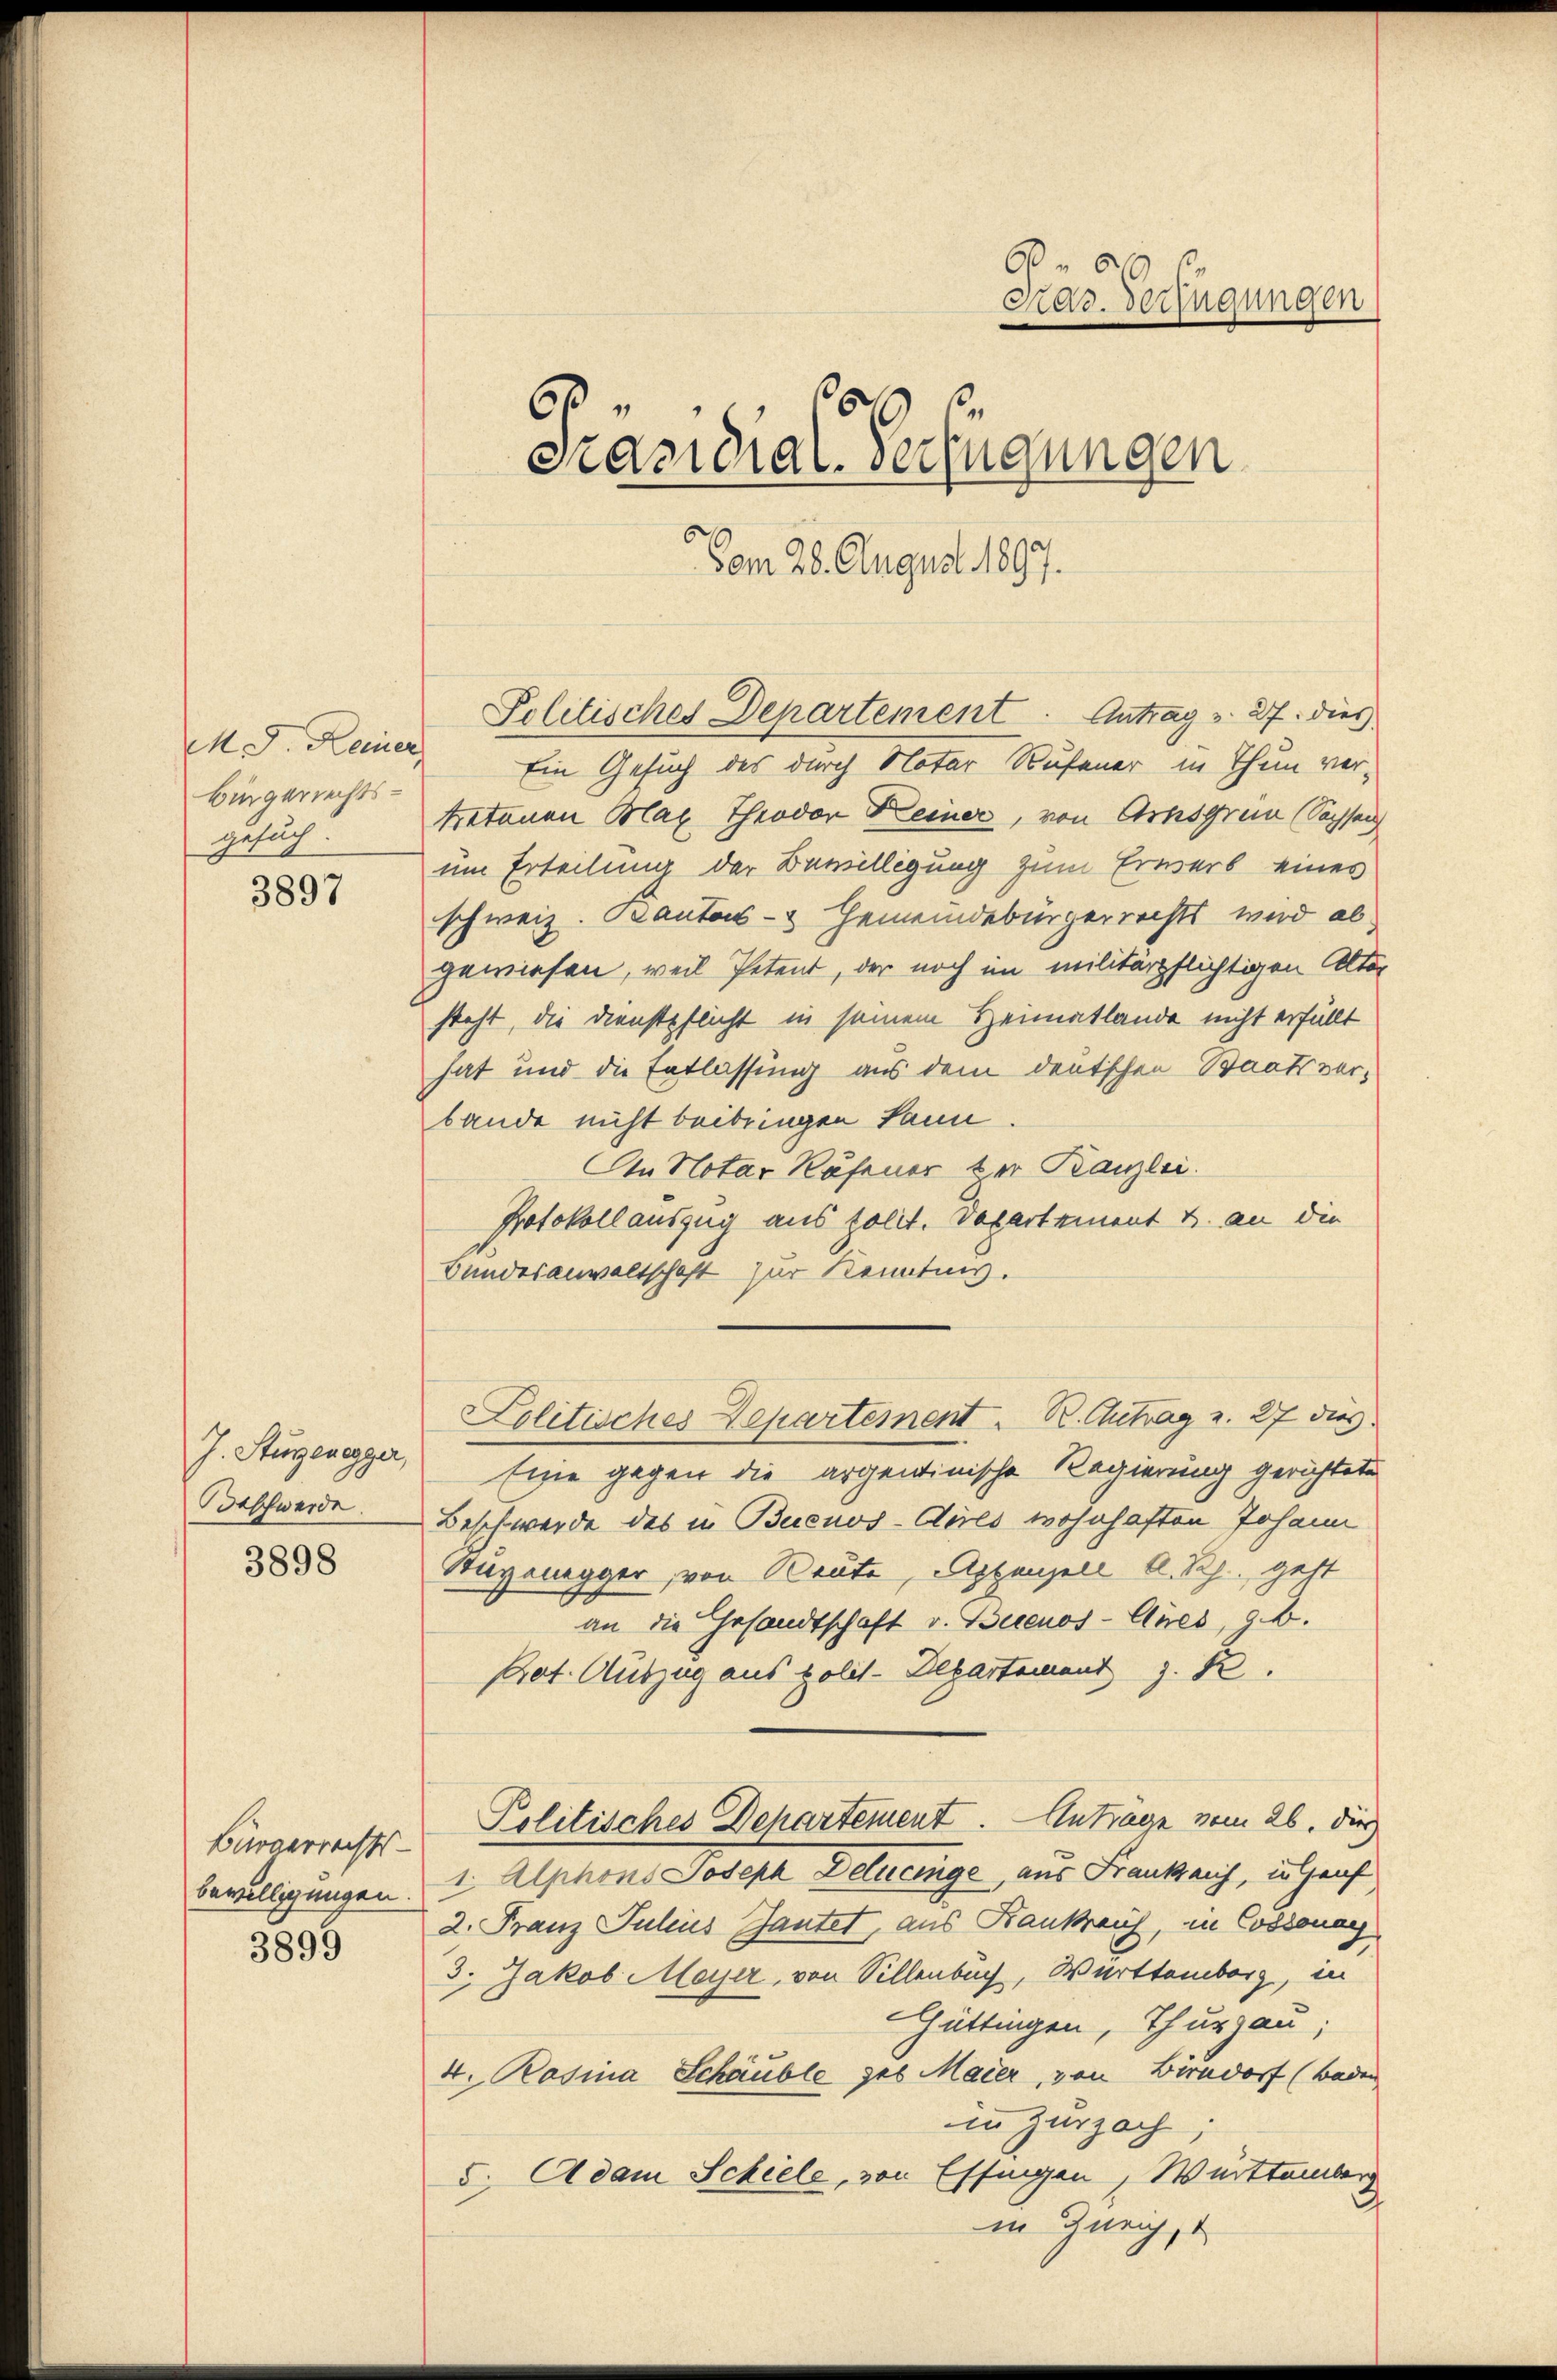
M. D. Keiner
Bürgerrechts-
gesuch.

3897

J. Sturzenegger,
deschwerde.
3898

Bürgerrechts-
bewilligungen.

3899

P
Mad. Verfügungen
e
.
Präsidial-Verfügungen

Vom 28. August 1897.

Politisches Departement. Antrag v. 27. dies
Ein Gesuch des durch Notar Rufener in Thun vertretenen Blay Theodor Keiner, von Arnsgren (Sachsen
um Erteilung der Bewilligung zum Erwerb eines
schweiz. Cantons- & Gemeindebürgerrechts wird al
gewiesen, weil Petent, der noch im militärpflichtigen Alter
steht, die Dienstpflicht in seinem Heimatlande nicht erfüllt
hat und die Entlassung aus dem deutschen Staatsverbande nicht beibringen kann.
An Notar Rufener der Kanzlei.
Protokoll auszug aus sollt. Departement u. an die
Bundesanwaltschaft zur Kenntnis.
Lolitisches Departement. R. Chitrag u. 27 dies
Eine gegen die argentinische Regierung gerichtete
Beschwerde des in Buenos-Ayres wohnhaften Johann
Stagonegger, von Reute, Appenzell A. Rp. gest
an die Gesandtschaft v. Buenos-Ayres, 9.
Prot. Auszug aus polit-Departement z. R.
Politisches Departement. Antrage vom 26. dies
1. Alphons Joseph Delucinge, aus Fraukauf, in Genf
2. Franz Julius Bautet, aus Krankrauf, in Cossonay
3. Jakob Majer, von Sillenbach, Württemberg, in
Güttingen, Thurgau,
4. Rosina Schäuble geb. Maier, von Berndorf (Baden
in Zurzach;
5. Adam Schiele, von Effingen, Württemberg
in Zürich,